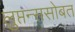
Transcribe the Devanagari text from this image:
लुप्तन्ससोबत